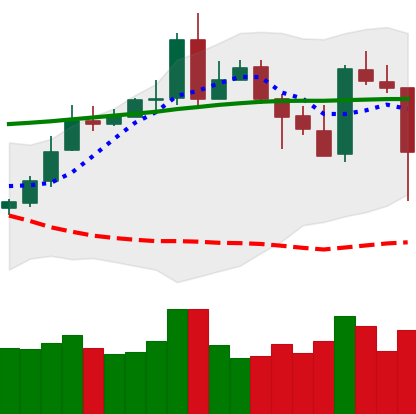
Ticker: XMR-USD
Chart end date: 2020-05-10
Forward return: 6.823%
Label: up_5_7